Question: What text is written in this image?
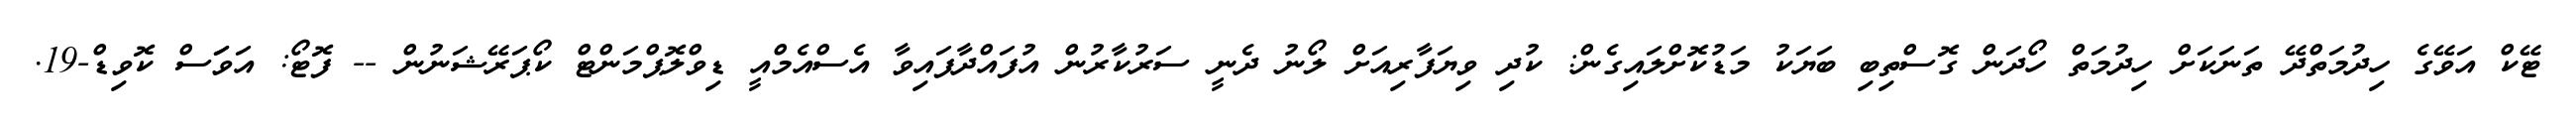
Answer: ޓޭކް އަވޭގެ ހިދުމަތްދޭ ތަނަކަށް ހިދުމަތް ހޯދަން ގޮސްތިބި ބަޔަކު މަޑުކޮށްލައިގެން: ކުދި ވިޔަފާރިއަށް ލޯނު ދެނީ ސަރުކާރުން އުފައްދާފައިވާ އެސްއެމްއީ ޑިވްލޮޕްމަންޓް ކޯޕަރޭޝަނުން -- ފޮޓޯ: އަވަަސް ކޮވިޑް-19.